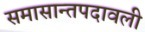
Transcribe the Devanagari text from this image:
समासान्तपदावली